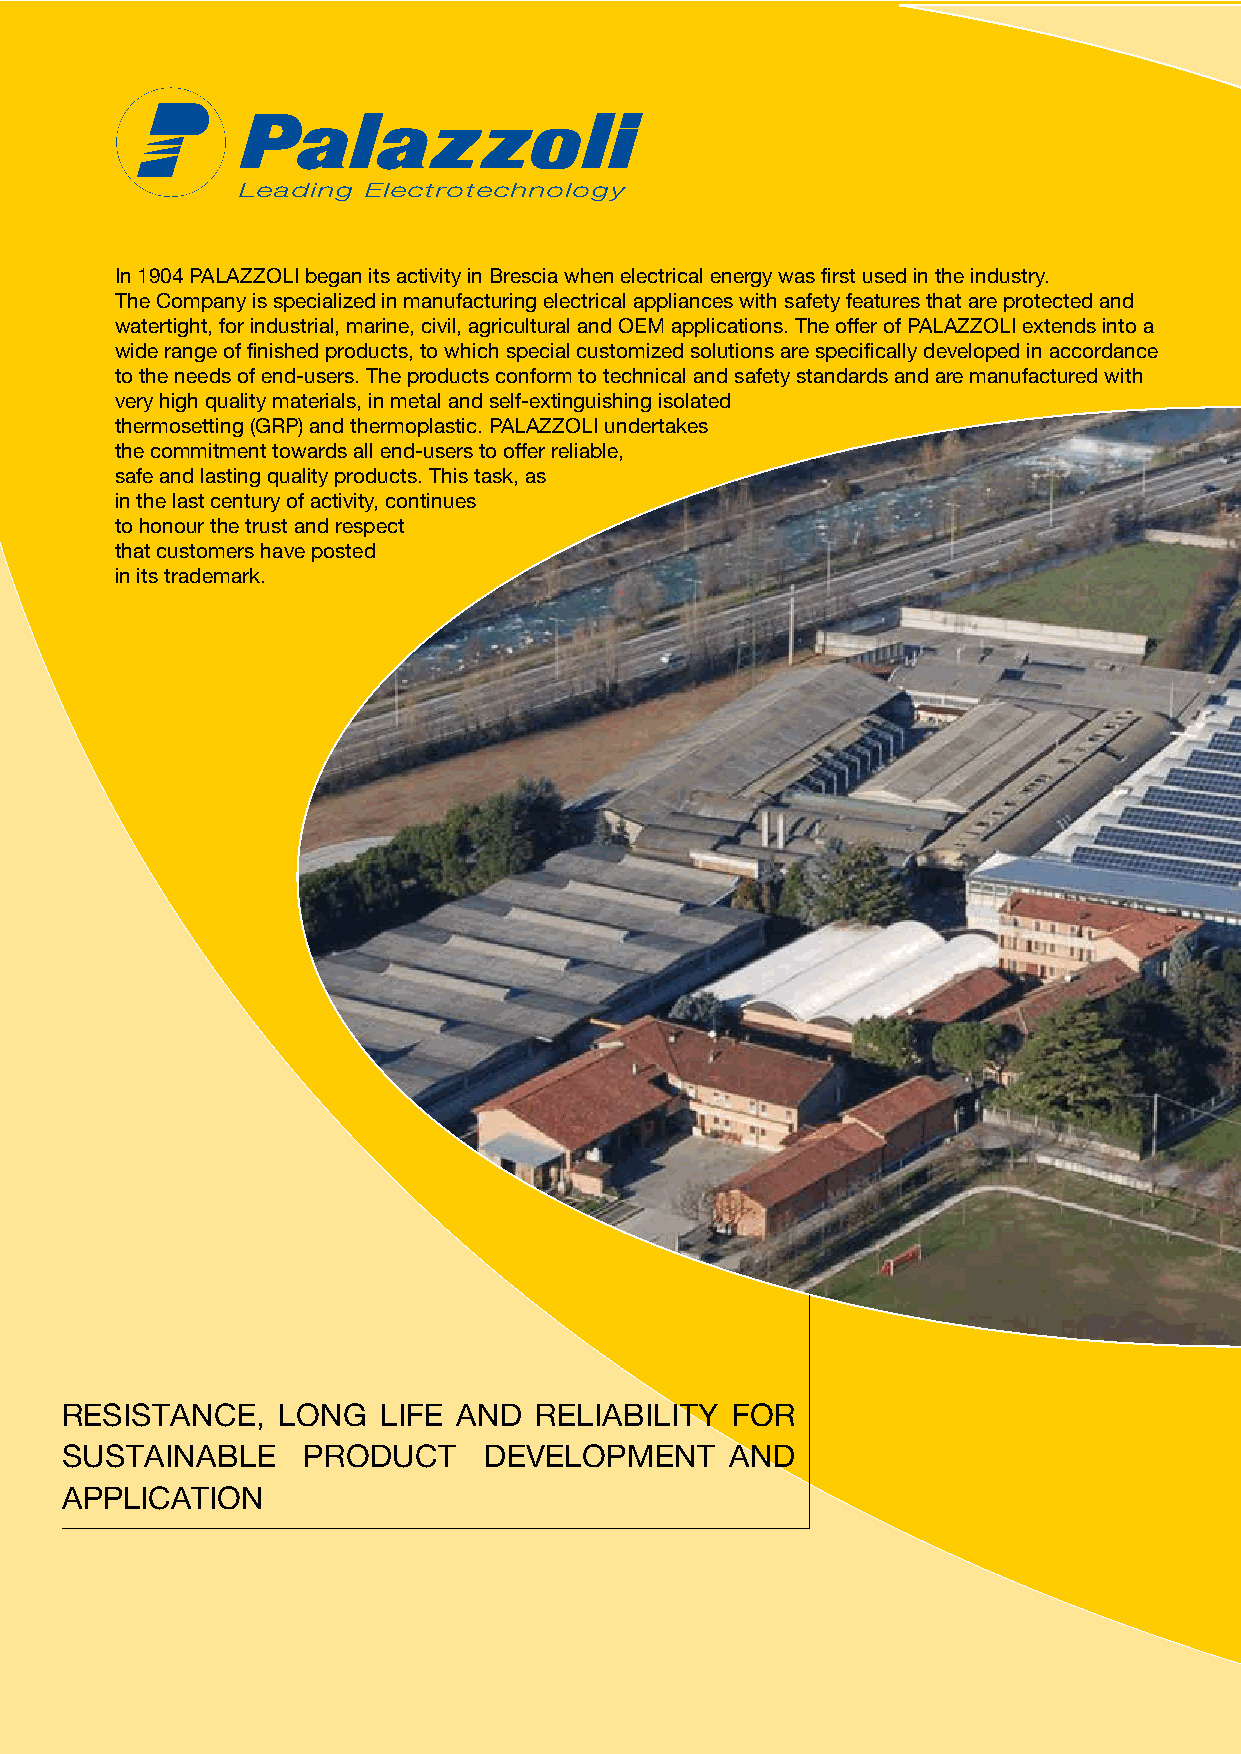
Leading Electrotechnology
 In 1904 PALAZZOLI began its activity in Brescia when electrical energy was first used in the industry.
 The Company is specialized in manufacturing electrical appliances with safety features that are protected and
 watertight, for industrial, marine, civil, agricultural and OEM applications. The offer of PALAZZOLI extends into a
 wide range of finished products, to which special customized solutions are specifically developed in accordance
 to the needs of end-users. The products conform to technical and safety standards and are manufactured with
 very high quality materials, in metal and self-extinguishing isolated
 thermosetting (GRP) and thermoplastic. PALAZZOLI undertakes
 the commitment towards all end-users to offer reliable,
 safe and lasting quality products. This task, as
 in the last century of activity, continues
 to honour the trust and respect
 that customers have posted
 in its trademark.
 RESISTANCE,   LONG   LIFE AND  RELIABILITY  FOR
 SUSTAINABLE     PRODUCT     DEVELOPMENT     AND
 APPLICATION